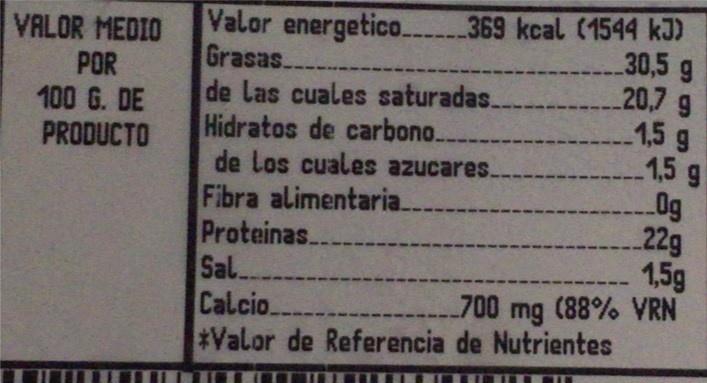
Valor energetico.369 kcal (1544 kJ) Grasas. de Las cuales saturadas. Hidratos de carbono... de los cuales azucares. Fibra alimentaria.. Proteinas.. Sal. Calcio. #Valor de Referencia de Nutrientes
VALOR MEDIO POR 100 G. DE PRODUCTO
30,5 g 20,7 9 -1,5 g 1,5 g 0g -22g 1,5g 700 mg (88% VRN
--7